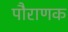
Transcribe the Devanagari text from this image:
पौराणक